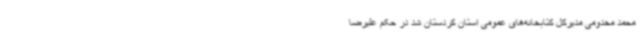
محمد مخدومی مدیرکل کتابخانه‌های عمومی استان کردستان شد در حکم علیرضا